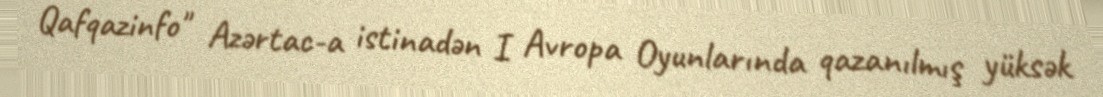
Qafqazinfo" Azərtac-a istinadən I Avropa Oyunlarında qazanılmış yüksək